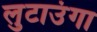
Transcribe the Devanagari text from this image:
लुटाउंगा